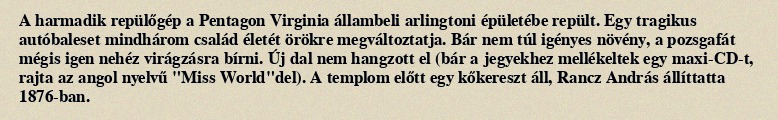
A harmadik repülőgép a Pentagon Virginia állambeli arlingtoni épületébe repült. Egy tragikus autóbaleset mindhárom család életét örökre megváltoztatja. Bár nem túl igényes növény, a pozsgafát mégis igen nehéz virágzásra bírni. Új dal nem hangzott el (bár a jegyekhez mellékeltek egy maxi-CD-t, rajta az angol nyelvű "Miss World"del). A templom előtt egy kőkereszt áll, Rancz András állíttatta 1876-ban.